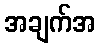
အချက်အ